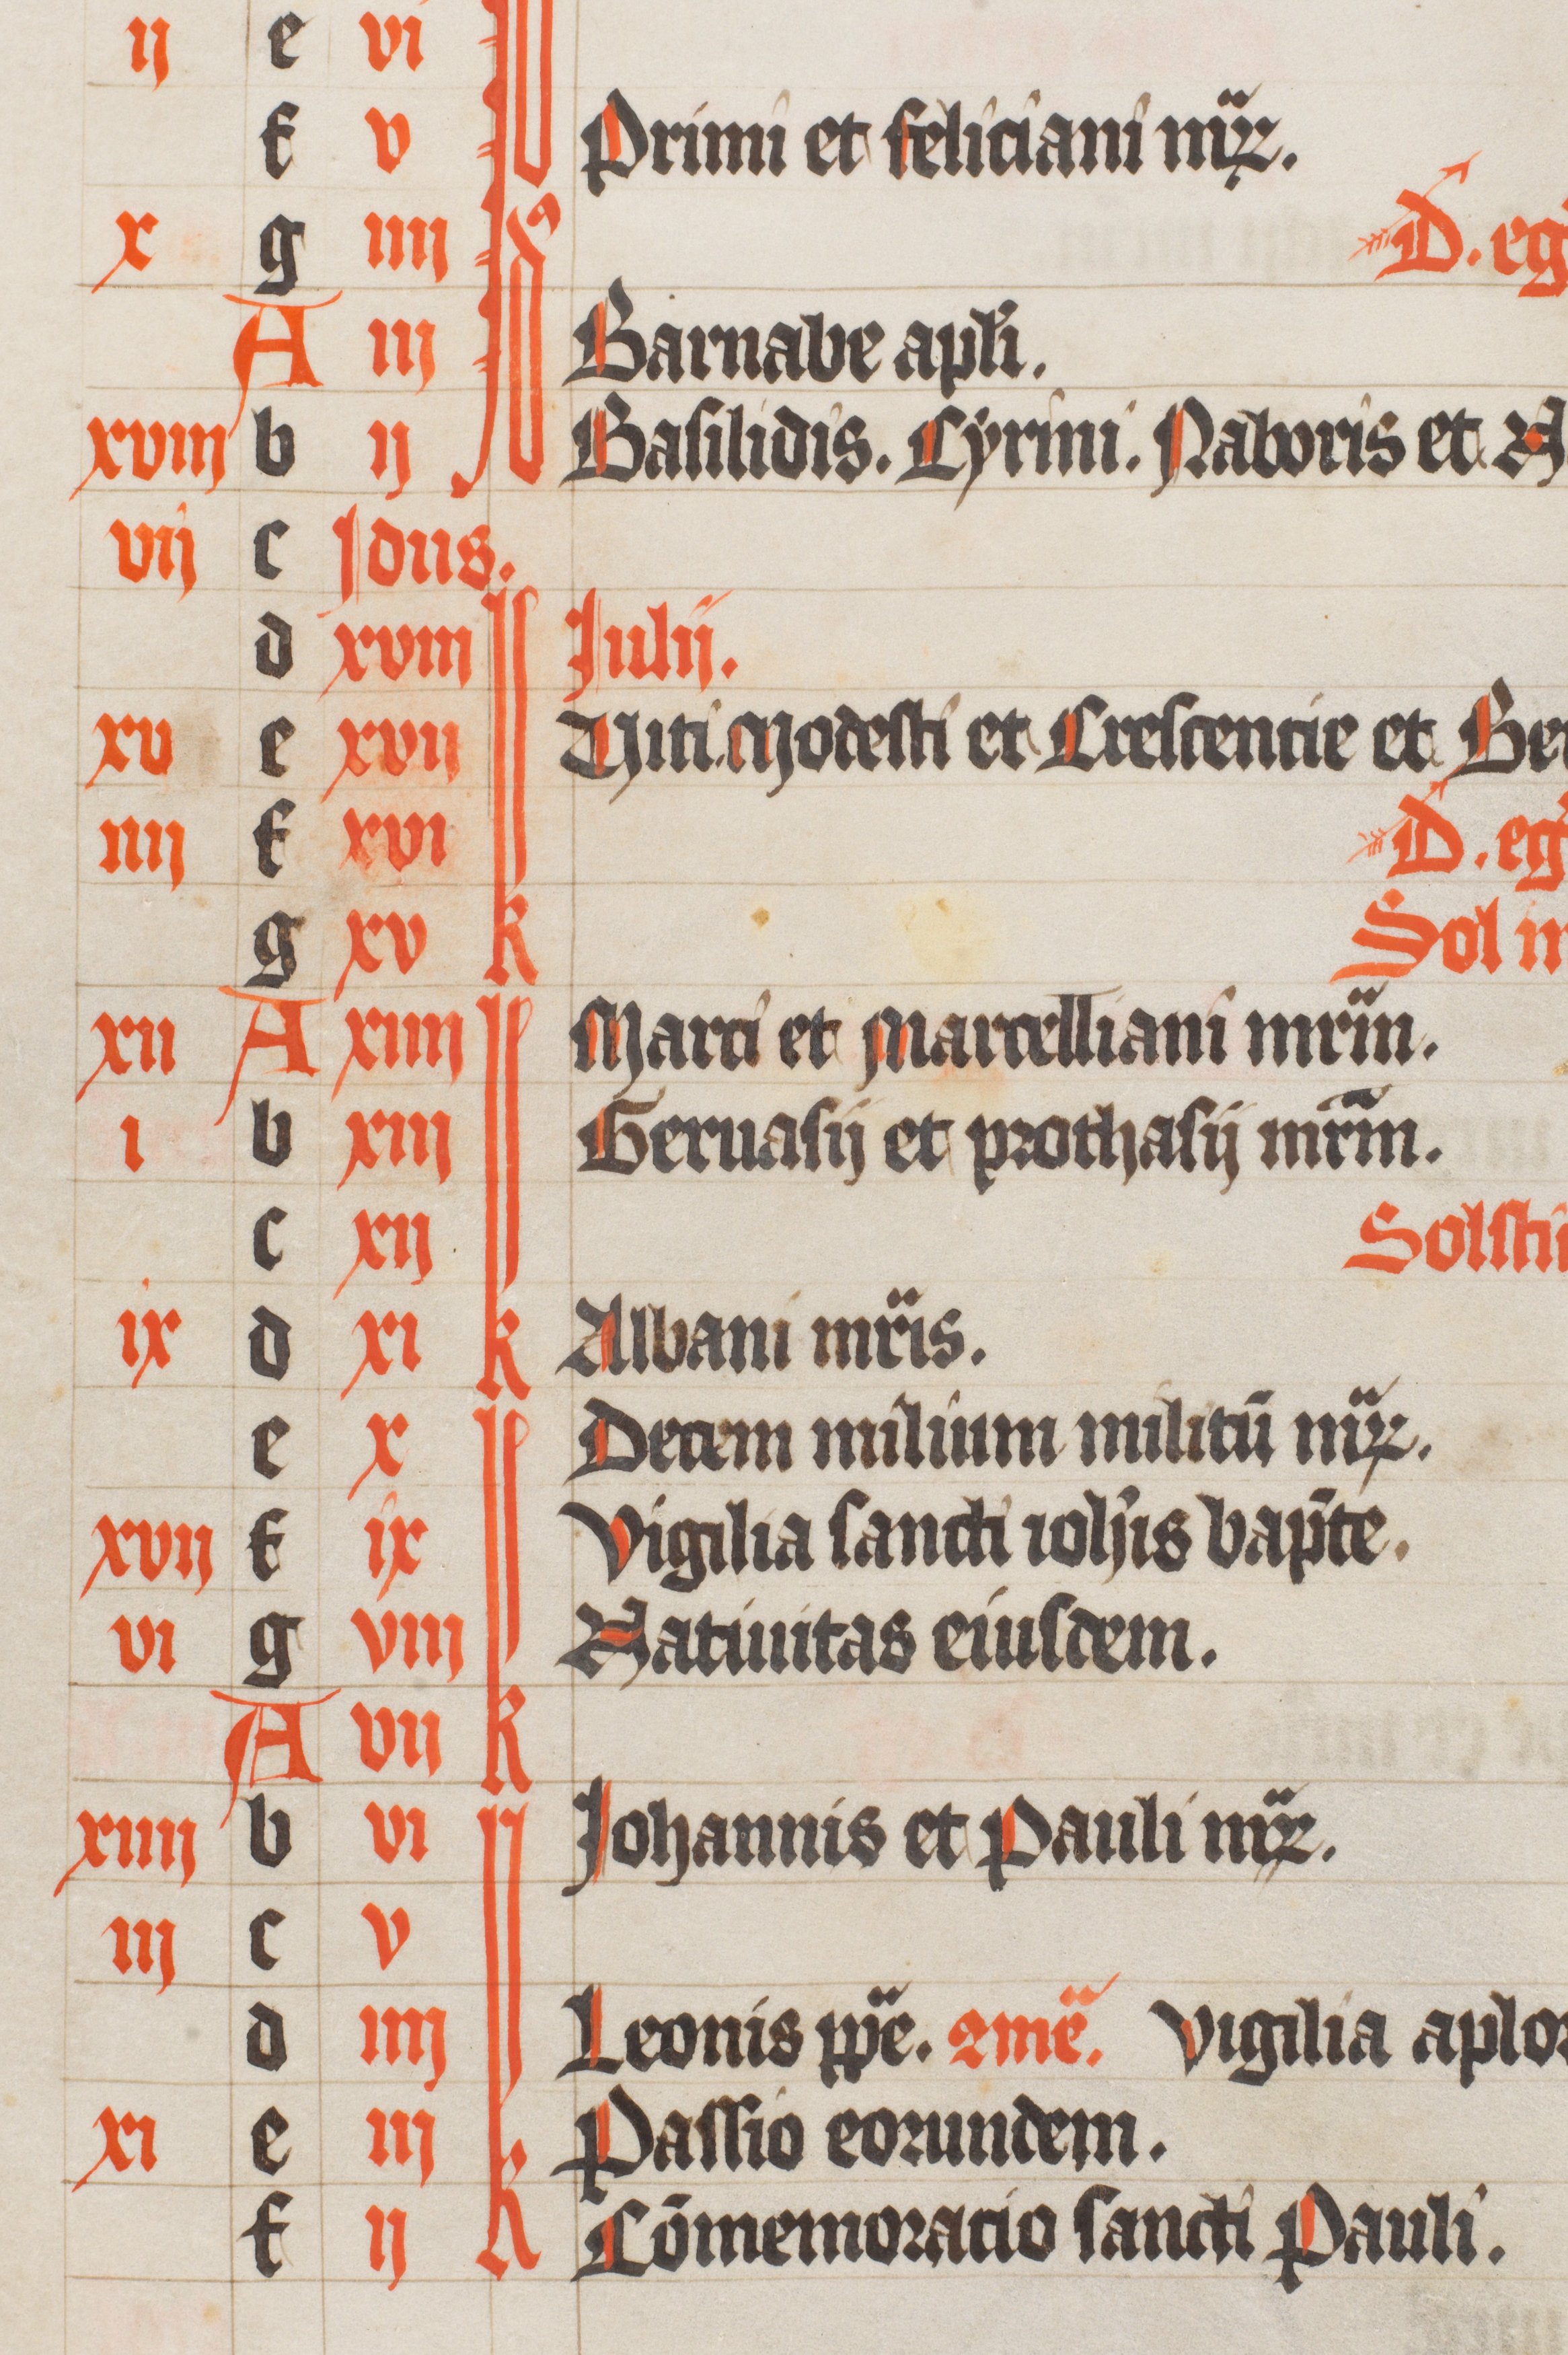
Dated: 1420–1429